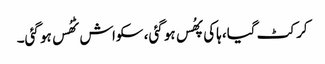
کرکٹ گیا، ہاکی پھُس ہو گئی، سکواش ٹھُس ہو گئی۔